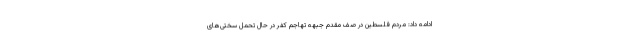
ادامه داد: مردم فلسطین در صف مقدم جبهه تهاجم کفر در حال تحمل سختی‌های